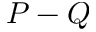
P - Q